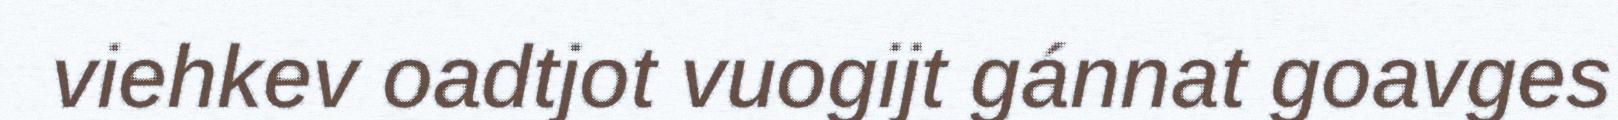
viehkev oadtjot vuogijt gánnat goavges